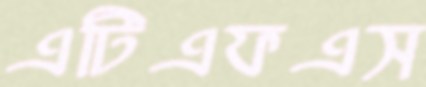
এটিএফএস